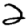
Digit: 2